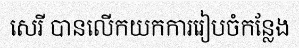
សេរី បានលើកយកការរៀបចំកន្លែង